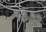
૧૩૭૨